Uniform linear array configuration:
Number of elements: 8
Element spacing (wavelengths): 0.5
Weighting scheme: cosine
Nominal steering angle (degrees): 0
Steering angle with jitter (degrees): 1.656
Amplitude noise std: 0.05
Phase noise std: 0.05

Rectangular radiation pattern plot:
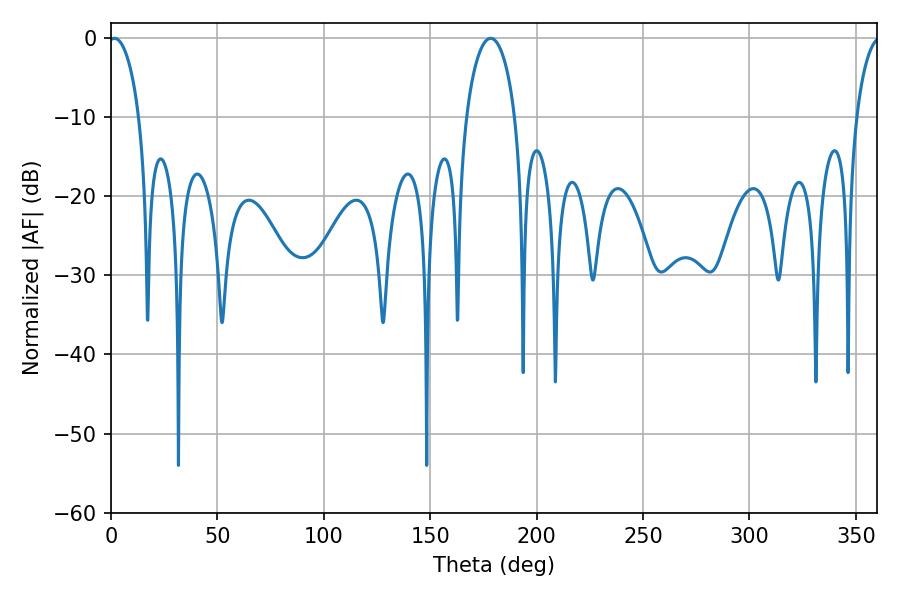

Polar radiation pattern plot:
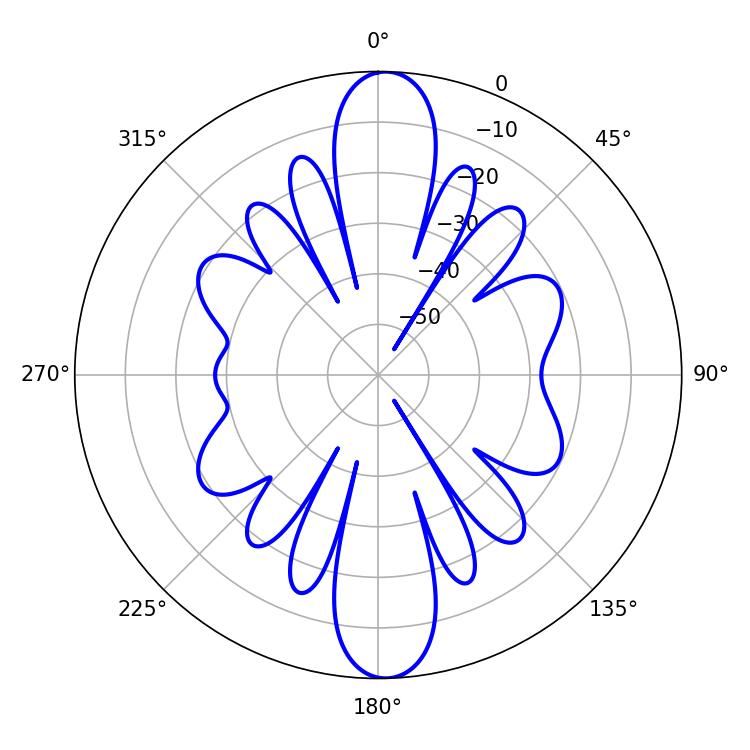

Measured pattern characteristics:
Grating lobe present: FALSE
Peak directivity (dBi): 21.604
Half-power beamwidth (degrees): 8.28
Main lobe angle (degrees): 1.62